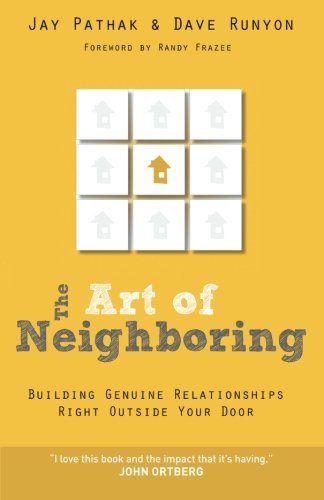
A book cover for The Art of Neighboring: Building Genuine Relationships Right Outside Your Door; Jay Pathak; Christian Books & Bibles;